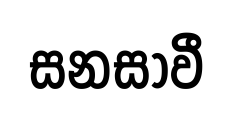
සනසාවී